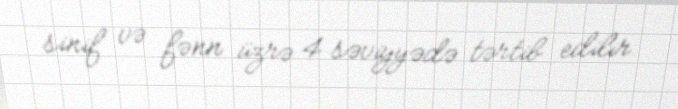
sinif və fənn üzrə 4 səviyyədə tərtib edilir.